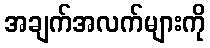
အချက်အလက်များကို